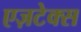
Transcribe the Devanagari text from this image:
एज़टेक्स